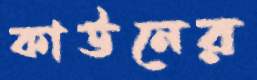
কাউনের